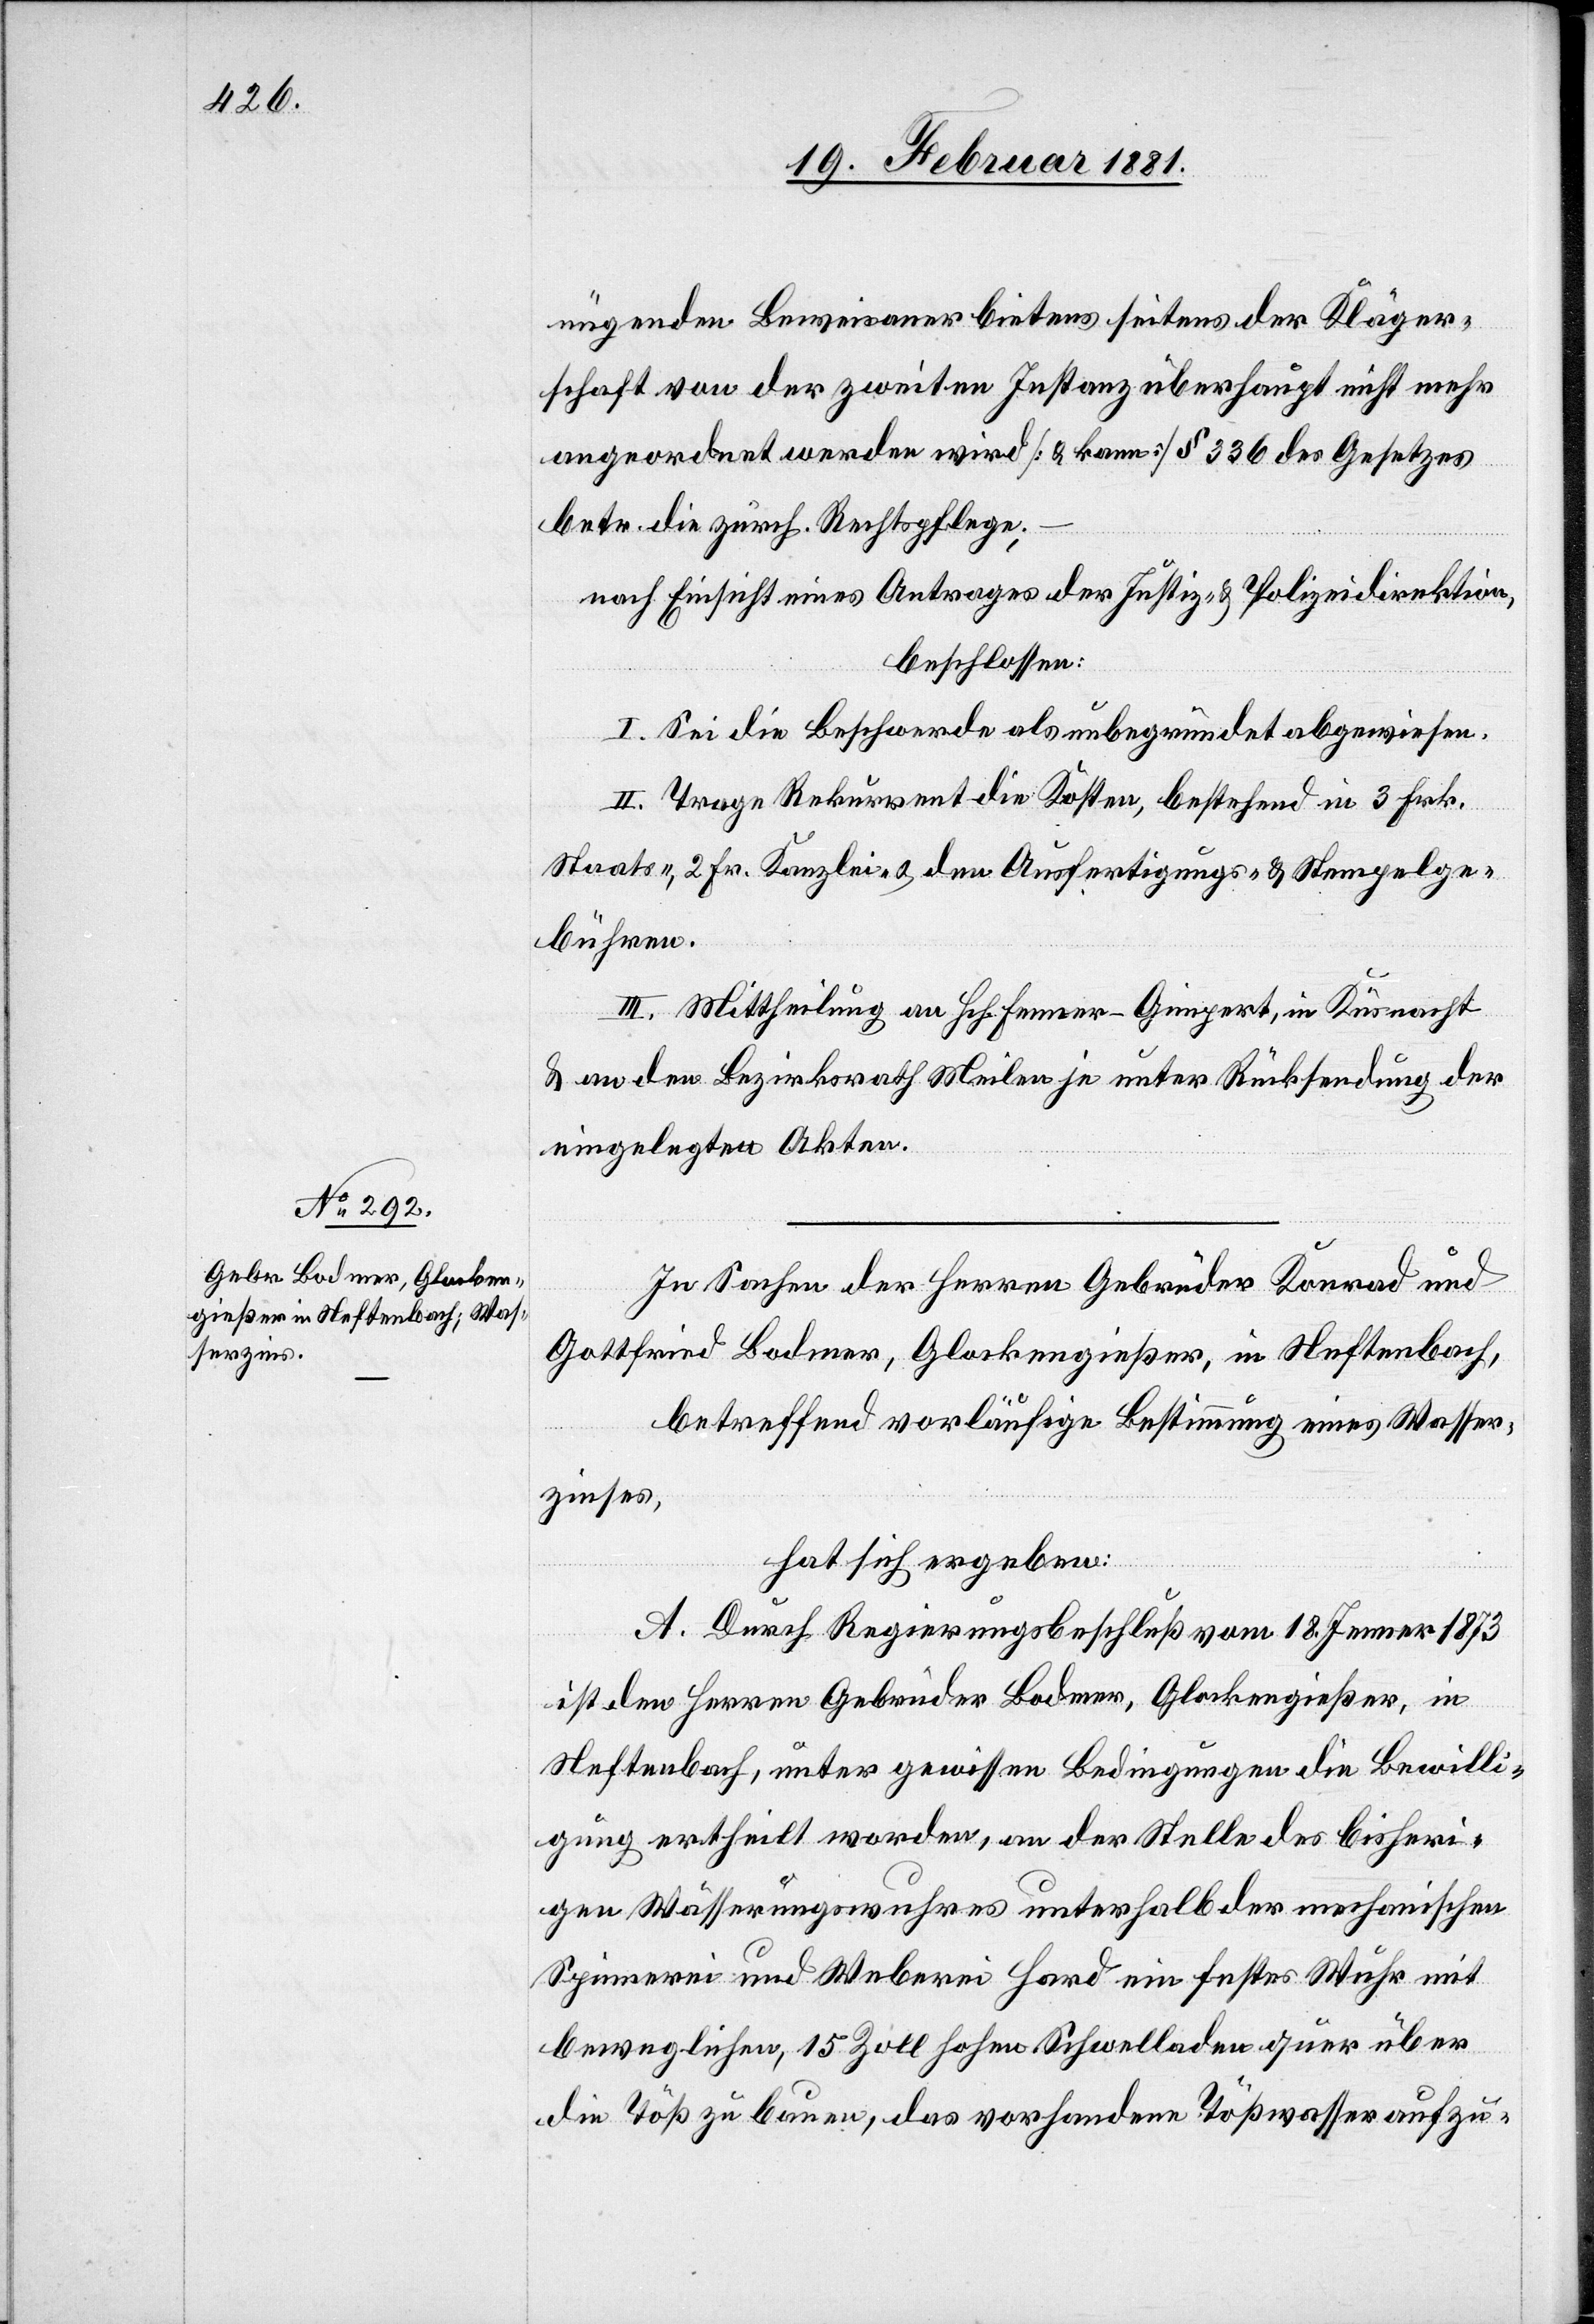
nügenden Beweisanerbietens seitens der Kläger¬
schaft von der zweiten Instanz überhaupt nicht mehr
angeordnet werden wird [& kann] § 336 des Gesetzes
betr. die zürch. Rechtspflege;
nach Einsicht eine Antrages der Justiz- & Polizeidirektion,
beschlossen:
I. Sei die Beschwerde als unbegründet abgewiesen.
II. Trage Rekurrent die Kosten, bestehend in 3 Frk.
Staats-, 2 Fr. Kanzlei- & den Ausfertigungs- & Stempelge¬
bühren.
III. Mittheilung an Hch. Fenner-Gimpert, in Küsnacht
& an den Bezirksrath Meilen je unter Rücksendung der
eingelegten Akten.
In Sachen der Herren Gebrüder Konrad und
Gottfried Bodmer, Glockengießer, in Neftenbach,
betreffend vorläufige Bestimmung eines Wasser¬
zinses.
hat sich ergeben:
A. Durch Regierungsbeschluß vom 18. Jenner 1873
ist den Herren Gebrüder Bodmer, Glockengießer, in
Neftenbach, unter gewissen Bedingungen die Bewilli¬
gung ertheilt worden, an der Stelle des bisheri¬
gen Wässerungswuhres unterhalb der mechanischen
Spinnerei und Weberei Hard ein festes Wuhr mit
beweglichen, 15 Zoll hohen Schwelladen quer über
die Töß zu bauen, das vorhandene Tößwasser aufzu-